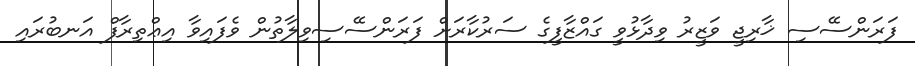
ފަރަންސޭސި ޚާރިޖީ ވަޒީރު ވިދާޅުވީ ގައްޒާފީގެ ސަރުކާރަށް ފަރަންސޭސިވިިލާތުން ވެފައިވާ އިޢްތިރާފް އަނބުރައި